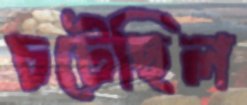
চটেছিল